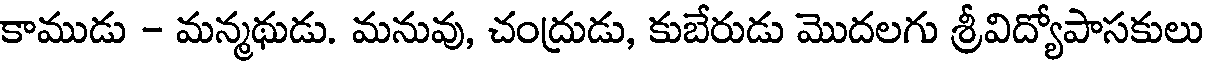
కాముడు - మన్మథుడు. మనువు, చంద్రుడు, కుబేరుడు మొదలగు శ్రీవిద్యోపాసకులు